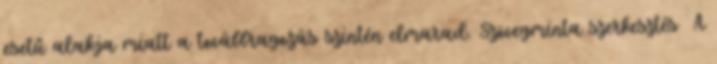
esetű alakja miatt a továbbragozás szintén elmarad. Szövegminta szerkesztés A